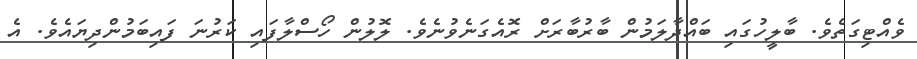
ވެއްޓިގަތެވެ. ބާލީހުގައި ބައްދާލަމުން ބާރުބާރަށް ރޮއެގަނެވުނެވެ. ލޮލުން ހޯސްލާފައި ކަރުނަ ފައިބަމުންދިޔައެވެ. އެ